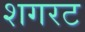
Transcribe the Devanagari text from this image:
शगरट